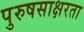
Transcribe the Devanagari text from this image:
पुरुषसाक्षरता